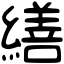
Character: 繕